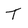
Character: T